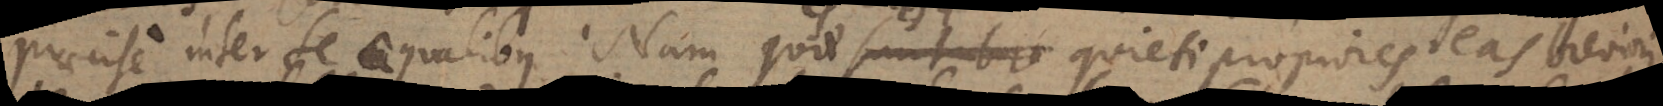
praecise inter se aequalibus. Nam quae quieti propiores eas breviori